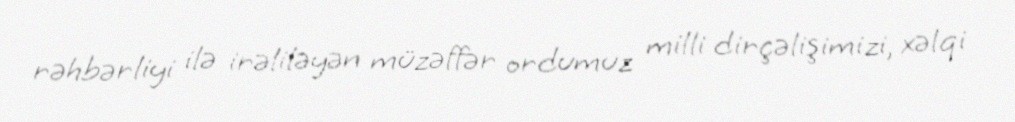
rəhbərliyi ilə irəliləyən müzəffər ordumuz milli dirçəlişimizi, xəlqi